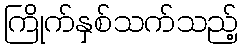
ကြိုက်နှစ်သက်သည့်